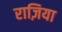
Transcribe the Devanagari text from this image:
राज़िया